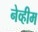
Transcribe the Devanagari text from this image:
नेव्हीम